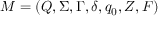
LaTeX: M = ( Q , \Sigma , \Gamma , \delta , q _ { 0 } , Z , F )